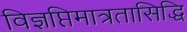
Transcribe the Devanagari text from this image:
विज्ञप्तिमात्रतासिद्धि